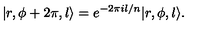
| r , \phi + 2 \pi , l \rangle = e ^ { - 2 \pi i l / n } | r , \phi , l \rangle .